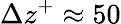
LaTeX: \Delta z^{+}\approx 50